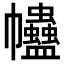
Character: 𧖂